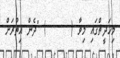
މިހަދީޘްގައި މިވާ (     ) "ދެން އިތުރަށް